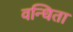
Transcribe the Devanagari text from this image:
वन्धिता